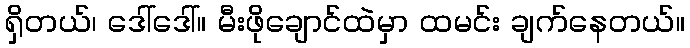
ရှိတယ်၊ ဒေါ်ဒေါ်။ မီးဖိုချောင်ထဲမှာ ထမင်း ချက်နေတယ်။